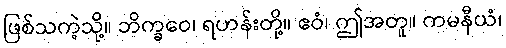
ဖြစ်သကဲ့သို့။ ဘိက္ခဝေ၊ ရဟန်းတို့။ ဧဝံ၊ ဤအတူ။ ကမနီယံ၊